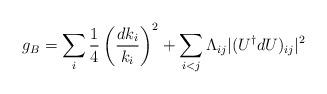
LaTeX: \begin{align*}g_B=\sum_i\frac{1}{4}\left(\frac{dk_i}{k_i}\right)^2 + \sum_{i<j}\Lambda_{ij}|(U^\dag dU)_{ij}|^2\end{align*}